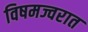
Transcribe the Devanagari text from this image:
विषमज्वरात